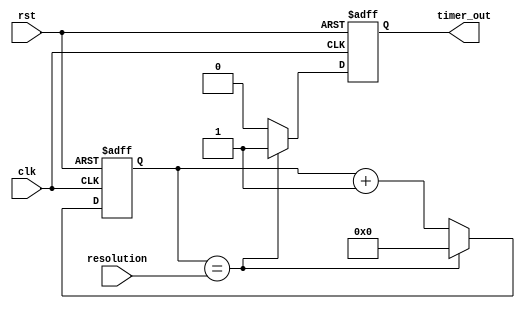
module IntervalTimer (
    input wire clk, // Clock signal
    input wire rst, // Reset signal
    input wire [31:0] resolution, // Time resolution
    output reg timer_out // Timer output signal
);

reg [31:0] counter; // Counter for timing control

always @(posedge clk or posedge rst)
begin
    if (rst)
    begin
        counter <= 0;
        timer_out <= 0;
    end
    else
    begin
        if (counter == resolution)
        begin
            timer_out <= 1;
            counter <= 0;
        end
        else
        begin
            timer_out <= 0;
            counter <= counter + 1;
        end
    end
end

endmodule